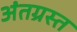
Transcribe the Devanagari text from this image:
अंतग्रस्त